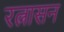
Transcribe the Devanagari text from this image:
रत्नासन